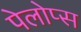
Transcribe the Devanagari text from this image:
पेलोप्स